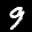
Label: 9